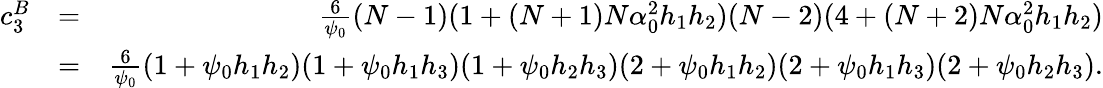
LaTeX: \begin{array}{rlr}{c_{3}^{B}}&{=}&{\frac{6}{\psi_{0}}(N-1)(1+(N+1)N\alpha_{0}^{2}h_{1}h_{2})(N-2)(4+(N+2)N\alpha_{0}^{2}h_{1}h_{2})}\\ &{=}&{\frac{6}{\psi_{0}}(1+\psi_{0}h_{1}h_{2})(1+\psi_{0}h_{1}h_{3})(1+\psi_{0}h_{2}h_{3})(2+\psi_{0}h_{1}h_{2})(2+\psi_{0}h_{1}h_{3})(2+\psi_{0}h_{2}h_{3}).}\end{array}